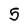
Character: 5